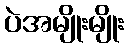
ပဲအမျိုးမျိုး